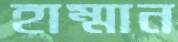
হাম্মান